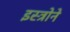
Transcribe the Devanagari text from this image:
इस्त्रोने